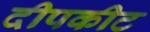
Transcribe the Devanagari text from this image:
दीपकीट